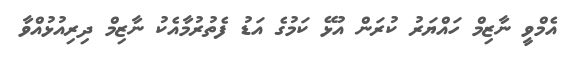
އެމްވީ ނާޒިމް ހައްޔަރު ކުރަން އުޅޭ ކަމުގެ އަޑު ފެތުރުމާއެކު ނާޒިމް ދިރިއުޅުއްވާ